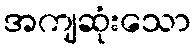
အကျဆုံးသော